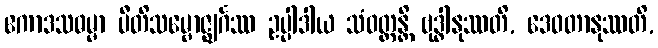
ဧကာဒသဓမ္မာ ပီတိသမ္ဗောဇ္ဈင်္ဂဿ ဥပ္ပါဒါယ သံဝတ္တန္တိ ဗုဒ္ဓါနုဿတိ, ဒေဝတာနုဿတိ,